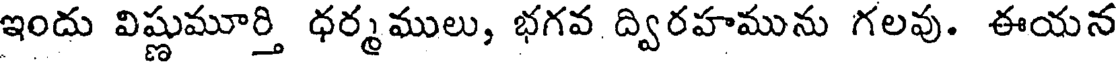
ఇందు విష్ణుమూర్తి ధర్మములు, భగవ ద్విరహమును గలవు. ఈయన